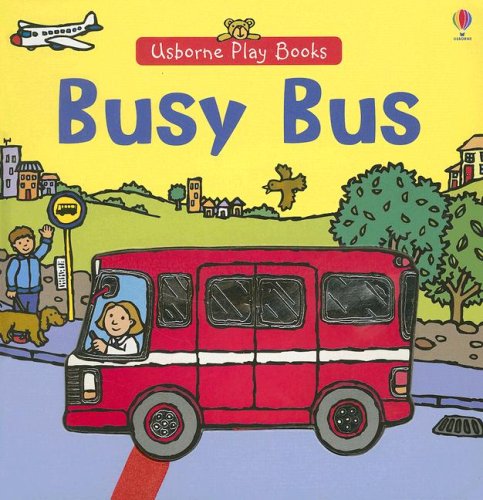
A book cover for Busy Bus (Play Books); Felicity Brooks; Children's Books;